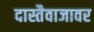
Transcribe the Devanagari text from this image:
दास्तैवाजावर